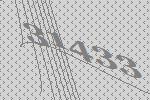
31433